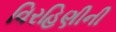
વિરહિણીની